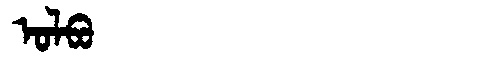
Manchu: ᠣᠯᠪᠣ
Romanization: OLBO